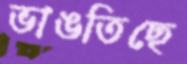
ভাঙতিছে